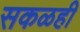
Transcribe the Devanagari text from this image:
सकळही